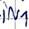
Text: IN1